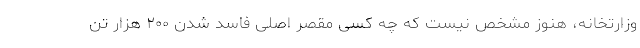
وزارتخانه، هنوز مشخص نیست که چه کسی مقصر اصلی فاسد شدن ۲۰۰ هزار تن